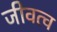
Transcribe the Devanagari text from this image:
जीवत्व